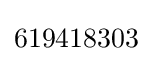
619418303